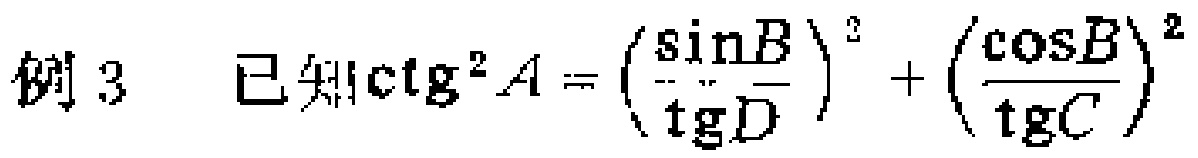
例3 已知\(\mathrm{ctg}^{2}A = \left(\frac{\sin B}{\mathrm{tg}D}\right)^{2} + \left(\frac{\cos B}{\mathrm{tg}C}\right)^{2}\)